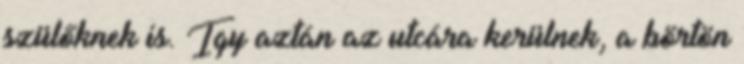
szülőknek is. Igy aztán az utcára kerülnek, a börtön